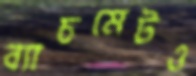
ব্যাচমেটও